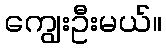
ကျွေးဦးမယ်။